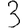
Digit: 3